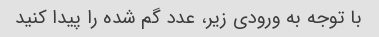
با توجه به ورودی زیر، عدد گم شده را پیدا کنید